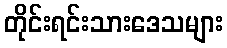
တိုင်းရင်းသားဒေသများ